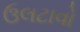
ઉલટાવો